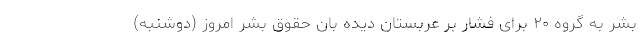
بشر به گروه ۲۰ برای فشار بر عربستان دیده بان حقوق بشر امروز (دوشنبه)